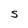
Character: S